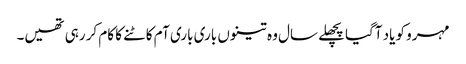
مہرو کو یاد آگیا پچھلے سال وہ تینوں باری باری آم کاٹنے کا کام کر رہی تھیں۔